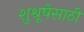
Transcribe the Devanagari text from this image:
शुश्रूषेसाठी